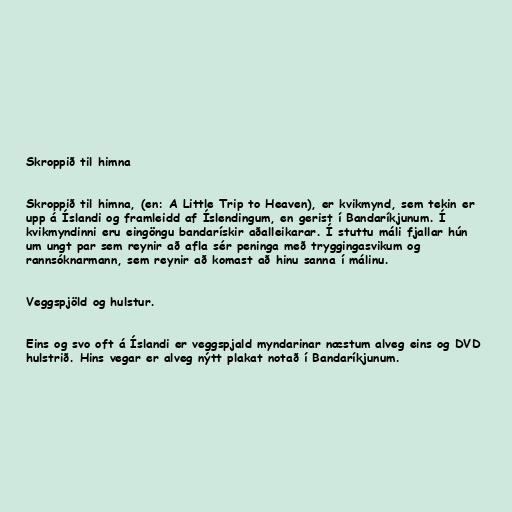
Skroppið til himna

Skroppið til himna, (en: A Little Trip to Heaven), er kvikmynd, sem tekin er
upp á Íslandi og framleidd af Íslendingum, en gerist í Bandaríkjunum. Í
kvikmyndinni eru eingöngu bandarískir aðalleikarar. Í stuttu máli fjallar hún
um ungt par sem reynir að afla sér peninga með tryggingasvikum og
rannsóknarmann, sem reynir að komast að hinu sanna í málinu.

Veggspjöld og hulstur.

Eins og svo oft á Íslandi er veggspjald myndarinar næstum alveg eins og DVD
hulstrið. Hins vegar er alveg nýtt plakat notað í Bandaríkjunum.